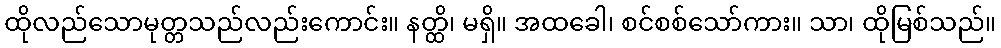
ထိုလည်သောမုတ္တသည်လည်းကောင်း။ နတ္ထိ၊ မရှိ။ အထခေါ၊ စင်စစ်သော်ကား။ သာ၊ ထိုမြစ်သည်။